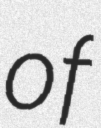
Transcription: of